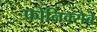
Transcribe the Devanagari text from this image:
फोनिक्सेबे